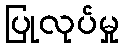
ပြုလုပ်မှု